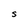
Character: S